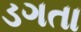
ડગતા